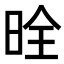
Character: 𪰡